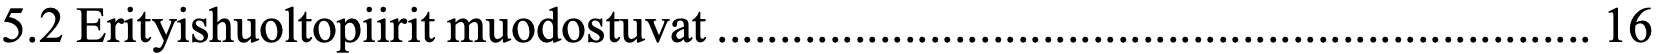
5.2 Erityishuoltopiirit muodostuvat ...................................................................... 16